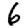
Digit: 6